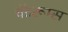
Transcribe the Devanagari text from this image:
चॅटरूम्स